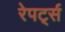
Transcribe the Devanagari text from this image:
रेपर्ट्स